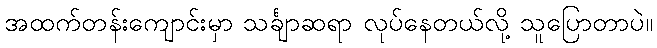
အထက်တန်းကျောင်းမှာ သင်္ချာဆရာ လုပ်နေတယ်လို့ သူပြောတာပဲ။